Civil Veterinary Department. United Provinces 1912-22 - 1912-1922
Year: 1912
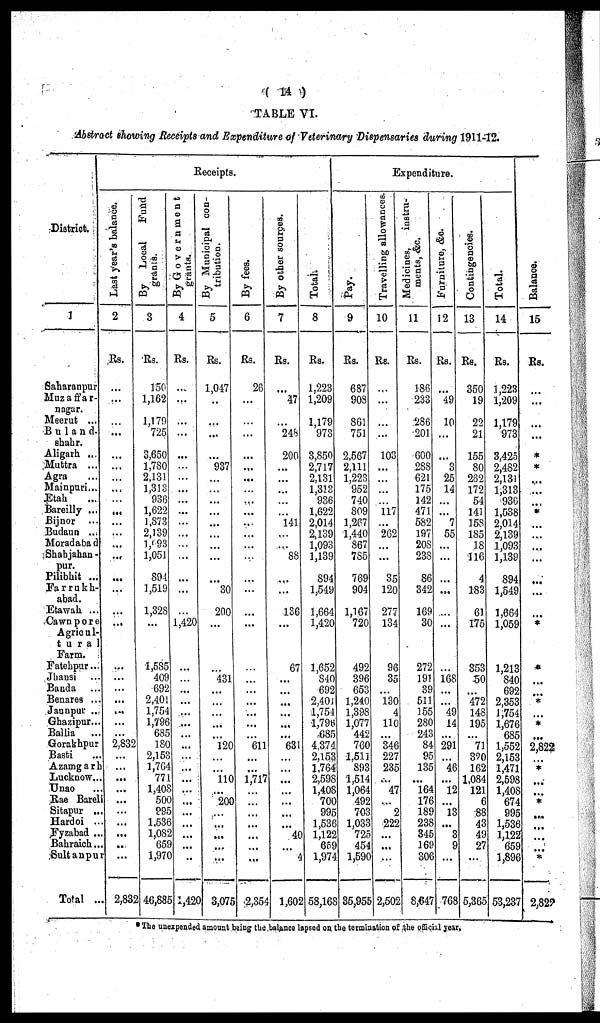
(
14)
TABLE VI.
Abstract showing Receipts and Expenditure of Veterinary Dispensaries during 1911-12.
District.
1
Saharanpur
Muzaffar-
nagar.
Meerut ...
Bu1and-
shahr.
Aligarh ...
Muttra ...
Agra ...
Mainpuri...
Etah ...
Bareilly ...
Bijnor ...
Budaun ...
Moradabad
Shahjahan-
pur.
Pilibhit ...
Farrukh-
abad.
Etawah ...
Cawnpore
Agricul-
tura1
Farm.
Fatehpur...
Jhansi ...
Banda ...
Benares ...
Jaunpur ...
Ghazipur...
Bailia ...
Gorakhpur
Basti ...
Azamgarh
Lucknow...
Unao ...
Rae Bareli
Sitapur ...
Hardoi ...
Fyzabad ...
Bahraich...
Sultanpur
Total ...
Receipts.
Last year's balance.
2
Rs.
...
...
...
...
...
...
...
...
...
...
...
...
...
...
...
...
...
...
...
...
...
...
...
...
...
2,832
...
...
...
...
...
...
...
...
..
...
2,832
By
Local
Fund
grants.
3
Rs.
150
1,162
1,170
725
3,650
1,780
2,131
1,313
936
1,622
1,873
2,139
1,693
1,051
894
1,519
1,328
...
1,585
409
692
2,401
1,754
1,796
685
180
2,153
1,764
771
1,408
500
995
1,536
1,082
659
1,970
46,885
By Government
grants.
4
Rs.
...
...
...
...
...
...
...
...
...
...
...
...
...
...
...
...
...
1,420
...
...
...
...
...
...
...
...
...
...
...
...
...
...
...
...
...
..
1,420
By Municipal con-
tribution.
5
Rs.
1,047
..
...
...
...
937
...
...
...
...
...
...
...
...
...
30
200
...
...
431
...
...
...
...
...
120
...
...
110
...
200
...
...
...
...
...
3,075
By fees.
6
Rs.
26
...
...
...
...
...
...
...
...
...
..
...
...
...
...
...
...
...
...
...
...
...
...
...
...
611
...
...
1,717
...
...
...
...
...
...
...
2,354
By other sources.
7
Rs.
...
47
...
248
200
...
...
...
...
...
141
...
...
88
...
...
136
...
67
...
...
...
...
...
...
63
...
...
...
...
...
...
...
40
...
4
1,602
Total.
8
Rs.
1,223
1,209
1,179
973
3,850
2,717
2,131
1,313
936
1,622
2,014
2,139
1,093
1,139
894
1,549
1,664
1,420
1,652
840
692
2,401
1,751
1,796
685
4,374
2,153
1,764
2,598
1,408
700
995
1,536
1,122
659
1,974
58,168
Expenditure.
Pay.
9
Rs.
687
908
861
751
2,567
2,111
1,223
952
740
809
1,267
1,440
867
785
769
904
1,167
720
492
396
653
1,240
1,398
1,077
442
760
1,511
893
1,514
1,064
492
703
1,033
725
454
1,590
35,955
Travelling allowances.
10
Rs.
...
...
...
...
103
...
...
...
...
117
...
262
...
...
35
120
277
134
96
35
...
130
4
110
...
346
227
235
...
47
...
2
222
...
...
...
2,502
Medicines,
instru-
ments, &c.
11
Rs.
186
233
286
201
600
288
621
175
142
471
582
197
208
233
86
342
169
30
272
191
39
511
155
280
243
84
95
135
...
164
176
189
238
345
169
306
8,647
Furniture, &c.
12
Rs.
...
49
10
...
...
3
25
14
...
...
7
55
...
...
...
...
...
...
168
...
...
49
14
...
291
...
46
...
12
...
13
...
3
9
...
768
Contingencies.
13
Rs.
350
19
22
21
155
80
262
172
54
141
158
185
18
116
4
183
61
175
353
50
...
472
148
195
...
71
320
162
1,084
121
6
88
43
49
27
...
5,365
Total.
14
Rs.
1,223
1,209
1,179
973
3,425
2,482
2,131
1,313
936
1,538
2,014
2,139
1,093
1,139
894
1,549
1,664
1,059
1,213
840
692
2,353
1,754
1,676
685
1,552
2,153
1,471
2,598
1,408
674
995
1,536
1,122
659
1,896
53,237
Balance.
15
Rs.
...
...
...
...
*
*
...
...
...
*
...
...
...
...
...
...
...
*
*
...
...
*
*
...
2,822
...
*
...
...
*
...
...
...
...
...
2,822
*The unexpended amount being the balance lapsed on the termination of the official year.